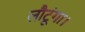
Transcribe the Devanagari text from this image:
लौटूंगा।